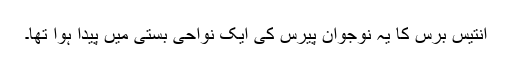
انتیس برس کا یہ نوجوان پیرس کی ایک نواحی بستی میں پیدا ہوا تھا۔